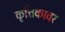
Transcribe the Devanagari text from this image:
कृत्तिकावर